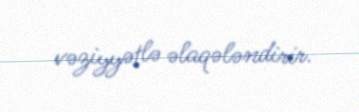
vəziyyətlə əlaqələndirir.